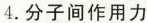
4.分子间作用力